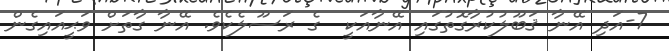
7-އަދި އޭނާ ޤަބޫލުކުރާގޮތުގައި އޭނާއަކީ  ގެ ރަސޫލެކެވެ. އޭނާ ގާތަށް ވަޙީއައިގެން